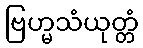
ဗြဟ္မသံယုတ္တံ